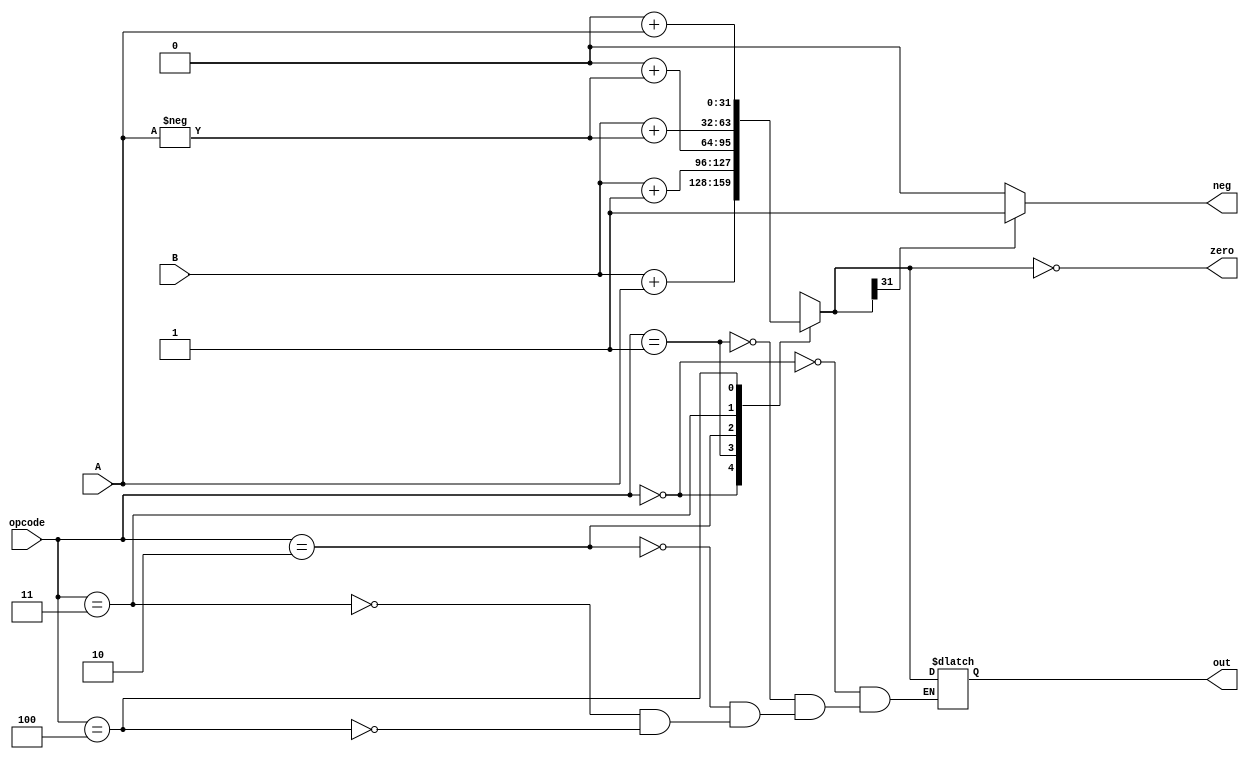
module ALU(
    input  [3:0] opcode,
    input  [31:0] A,
    input  [31:0] B,
    
    output [31:0] out,
    output zero,
    output neg
    );
    reg [31:0] out;
    reg zero;
    reg neg;
    
    always @(A,B,opcode) 
    begin
        case(opcode)
            //addition case 0
            4'b0000: out = B + A;
            //Increment case 0
            4'b0001: out = B + 1;
            //Negate case 0
            4'b0010: out = 0 + (-A);
            //Subtraction case 0
            4'b0011: out = B + (-A);
            //Pass A case 0
            4'b0100: out = 0 + A;
        endcase
        
        zero = !out;
        
        if (out[31] == 1)
             neg = 1;
        else
             neg = 0;          
    end
endmodule